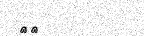
٢٩